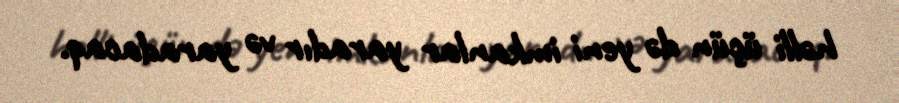
həlli üçün də yeni imkanlar yaradır və yaradacaq.